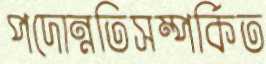
পদোন্নতিসম্পর্কিত